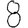
Digit: 8